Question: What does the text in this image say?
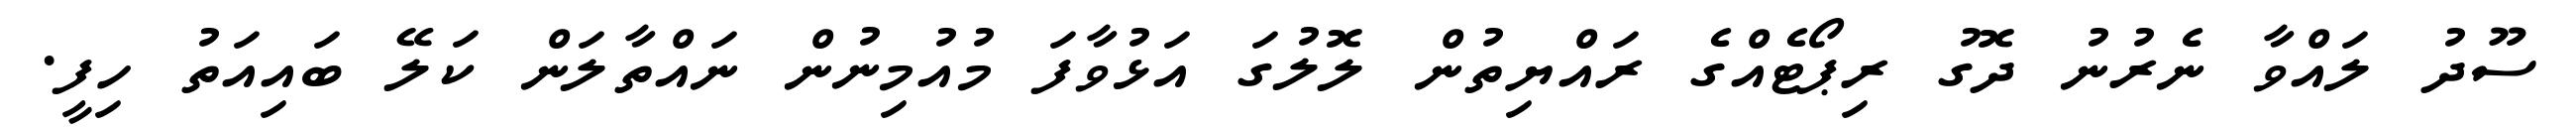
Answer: ސޫދު ލައްވާ ނެރުނު ދޮގު ރިޕޯޓެއްގެ ރައްޔިތުން ލޮލުގަ އަޅުވާފަ މުއުމިނުން ނައްތާލަން ކަލޭ ބައިއަތު ހިފީ.